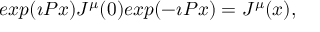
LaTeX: e x p ( \imath P x ) J ^ { \mu } ( 0 ) e x p ( - \imath P x ) = J ^ { \mu } ( x ) ,